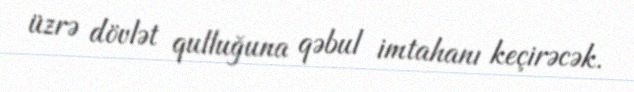
üzrə dövlət qulluğuna qəbul imtahanı keçirəcək.